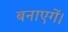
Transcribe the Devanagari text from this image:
बनाएगें।